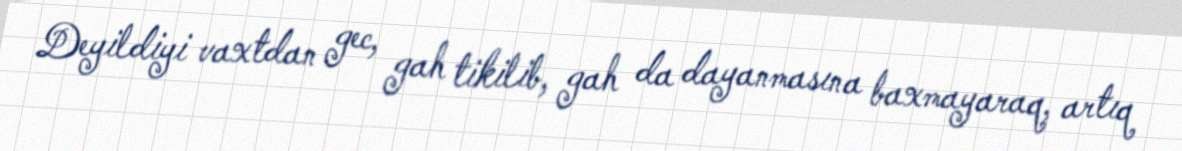
Deyildiyi vaxtdan gec, gah tikilib, gah da dayanmasına baxmayaraq, artıq